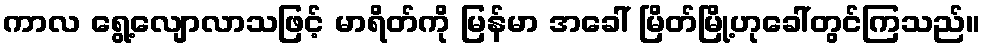
ကာလ ရွေ့လျောလာသဖြင့် မာရိတ်ကို မြန်မာ အခေါ် မြိတ်မြို့ဟုခေါ်တွင်ကြသည်။